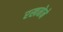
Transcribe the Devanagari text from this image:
रखनेने